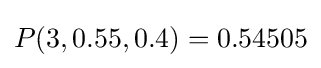
P(3,0.55,0.4)=0.54505